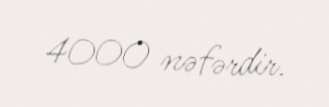
4000 nəfərdir.